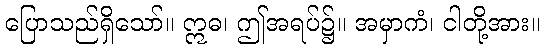
ပြောသည်ရှိသော်။ ဣဓ၊ ဤအရပ်၌။ အမှာကံ၊ ငါတို့အား။